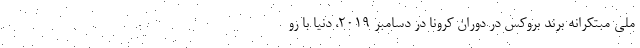
ملی مبتکرانه برند بروکس در دوران کرونا در دسامبر 2019، دنیا با رو